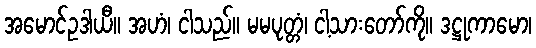
အမောင်ဥဒါယီ။ အဟံ၊ ငါသည်။ မမပုတ္တံ၊ ငါ့သားတော်ကို။ ဒဋ္ဌုကာမော၊